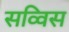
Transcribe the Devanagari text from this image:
सव्विस